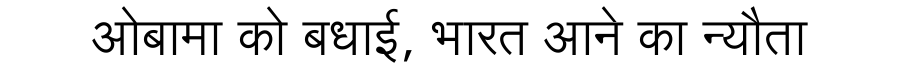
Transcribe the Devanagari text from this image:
ओबामा को बधाई, भारत आने का न्यौता